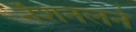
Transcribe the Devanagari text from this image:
नॅशनलने